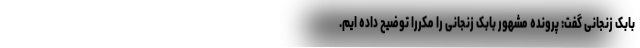
بابک زنجانی گفت: پرونده مشهور بابک زنجانی را مکررا توضیح داده ایم.